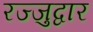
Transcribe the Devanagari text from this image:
रज्जुद्वार